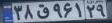
۳۸ق۹۶۱۲۹